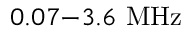
0 . 0 7 { - } 3 . 6 ~ \mathrm { M H z }